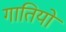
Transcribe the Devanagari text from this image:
गातियों